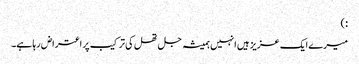
:)
میرے ایک عزیز ہیں انہیں ہمیشہ جل تھل کی ترکیب پر اعتراض رہا ہے۔